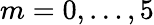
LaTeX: m=0,\ldots,5